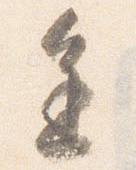
進